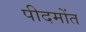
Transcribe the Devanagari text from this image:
पीदमोंत